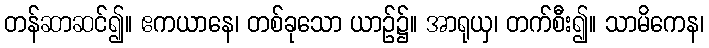
တန်ဆာဆင်၍။ ဧကယာနေ၊ တစ်ခုသော ယာဉ်၌။ အာရုယှ၊ တက်စီး၍။ သာမိကေန၊